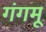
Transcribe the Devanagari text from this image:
गंगमू